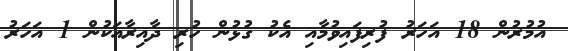
އުމުރުން 18 އަހަރު ފުރިފައިވުމާއި އެކު ގުޅުން ހުރި ދާއިރާއަކުން 1 އަހަރު